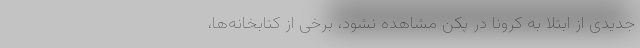
جدیدی از ابتلا به کرونا در پکن مشاهده نشود، برخی از کتابخانه‌ها،